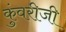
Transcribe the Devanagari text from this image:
कुंवरीजी